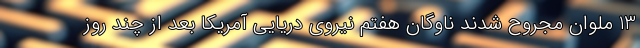
13 ملوان مجروح شدند ناوگان هفتم نیروی دریایی آمریکا بعد از چند روز